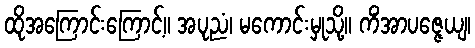
ထိုအကြောင်းကြောင့်။ အပုညံ၊ မကောင်းမှုသို့။ ကိံအာပဇ္ဇေယျ၊